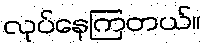
လုပ်နေကြတယ်။